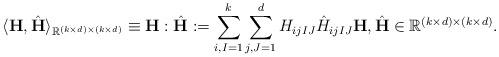
LaTeX: \begin{align*}\langle \mathbf{H}, \hat{\mathbf{H}}\rangle_{\mathbb{R}^{(k \times d) \times (k \times d)}} \equiv \mathbf{H} : \hat{\mathbf{H}} :=\sum_{i, I = 1}^{k} \sum_{j, J = 1}^{d} H_{ijIJ} \hat{H}_{ijIJ} \mathbf{H}, \hat{\mathbf{H}} \in \mathbb{R}^{(k \times d) \times (k \times d)}. \end{align*}